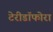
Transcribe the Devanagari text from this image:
टेरीडॉफोरा